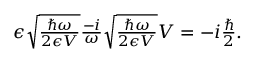
\begin{array} { r } { \epsilon \sqrt { \frac { \hbar \omega } { 2 \epsilon V } } \frac { - i } { \omega } \sqrt { \frac { \hbar \omega } { 2 \epsilon V } } V = - i \frac { \hbar } { 2 } . } \end{array}